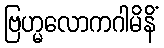
ဗြဟ္မလောကဂါမိနိံ